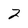
Character: 2